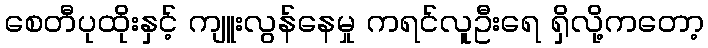
စေတီပုထိုးနှင့် ကျူးလွန်နေမှု ကရင်လူဦးရေ ရှိလို့ကတော့